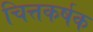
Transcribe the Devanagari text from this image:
चित्तकर्षक